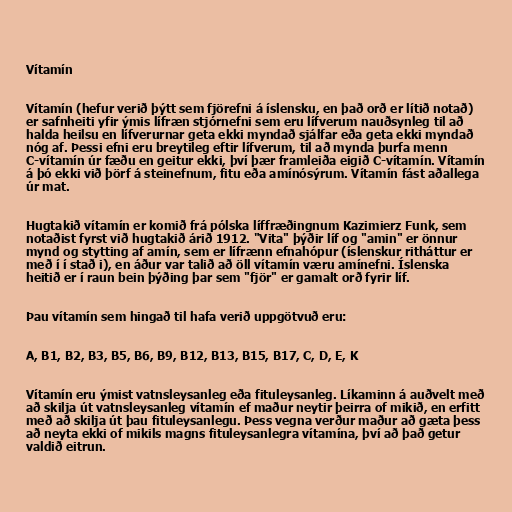
Vítamín

Vítamín (hefur verið þýtt sem fjörefni á íslensku, en það orð er lítið notað)
er safnheiti yfir ýmis lífræn stjórnefni sem eru lífverum nauðsynleg til að
halda heilsu en lífverurnar geta ekki myndað sjálfar eða geta ekki myndað
nóg af. Þessi efni eru breytileg eftir lífverum, til að mynda þurfa menn
C-vítamín úr fæðu en geitur ekki, því þær framleiða eigið C-vítamín. Vítamín
á þó ekki við þörf á steinefnum, fitu eða amínósýrum. Vítamín fást aðallega
úr mat.

Hugtakið vítamín er komið frá pólska líffræðingnum Kazimierz Funk, sem
notaðist fyrst við hugtakið árið 1912. "Vita" þýðir líf og "amin" er önnur
mynd og stytting af amín, sem er lífrænn efnahópur (íslenskur ritháttur er
með í í stað i), en áður var talið að öll vítamín væru amínefni. Íslenska
heitið er í raun bein þýðing þar sem "fjör" er gamalt orð fyrir líf.

Þau vítamín sem hingað til hafa verið uppgötvuð eru:

A, B1, B2, B3, B5, B6, B9, B12, B13, B15, B17, C, D, E, K

Vítamín eru ýmist vatnsleysanleg eða fituleysanleg. Líkaminn á auðvelt með
að skilja út vatnsleysanleg vítamín ef maður neytir þeirra of mikið, en erfitt
með að skilja út þau fituleysanlegu. Þess vegna verður maður að gæta þess
að neyta ekki of mikils magns fituleysanlegra vítamína, því að það getur
valdið eitrun.